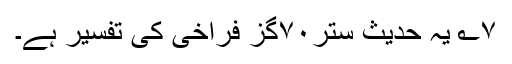
۷؎ یہ حدیث ستر۷۰گز فراخی کی تفسیر ہے۔